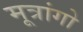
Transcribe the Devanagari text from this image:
मूत्रांगो